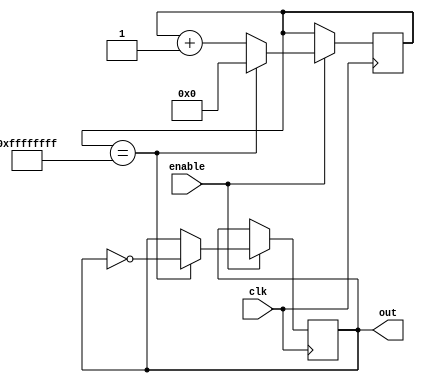
module clock_divider (
    input wire clk,
    input wire enable,
    output reg out
);

reg [31:0] count;

always @(posedge clk) begin
    if (enable) begin
        if (count == 32'hFFFF_FFFF) begin
            count <= 0;
            out <= ~out;
        end else begin
            count <= count + 1;
        end
    end
end

endmodule